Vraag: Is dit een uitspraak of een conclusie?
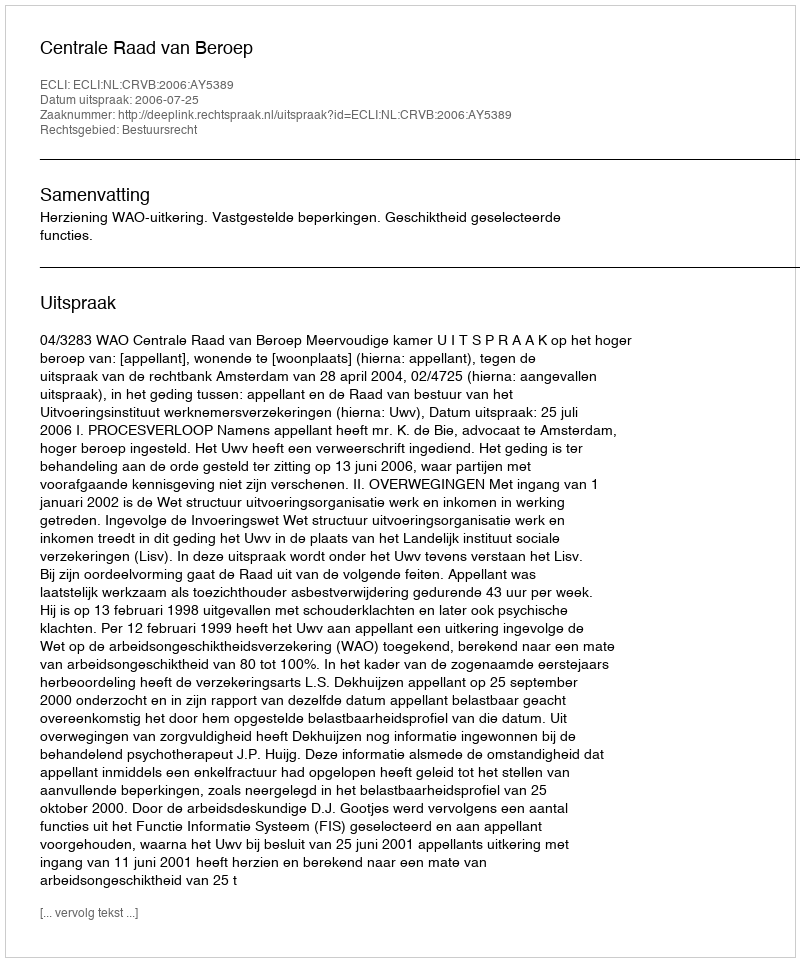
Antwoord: Uitspraak